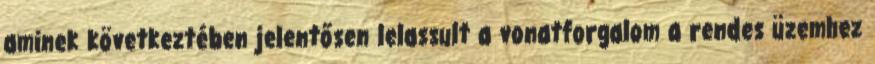
aminek következtében jelentősen lelassult a vonatforgalom a rendes üzemhez